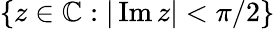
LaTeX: \{ z\in\mathbb{C}:|\operatorname{Im}z|<\pi/2\}